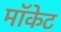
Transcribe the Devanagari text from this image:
मॉकेट